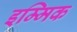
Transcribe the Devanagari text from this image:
इम्मिक